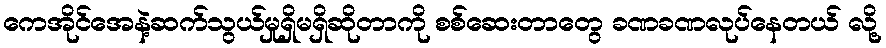
ကေအိုင်အေနဲ့ဆက်သွယ်မှုရှိမရှိဆိုတာကို စစ်ဆေးတာတွေ ခဏခဏလုပ်နေတယ် လို့